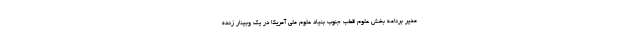
مدیر برنامه بخش علوم قطب جنوب بنیاد علوم ملی آمریکا در یک وبینار زنده